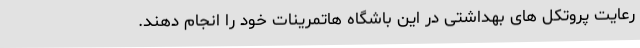
رعایت پروتکل های بهداشتی در این باشگاه هاتمرینات خود را انجام دهند.